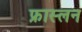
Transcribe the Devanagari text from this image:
फ्रास्लन